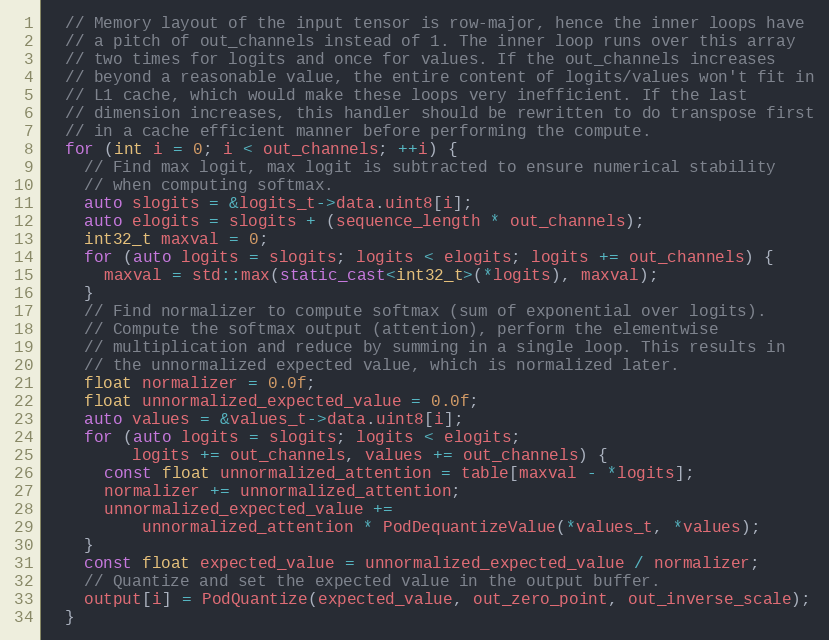
Language: C++
  // Memory layout of the input tensor is row-major, hence the inner loops have
  // a pitch of out_channels instead of 1. The inner loop runs over this array
  // two times for logits and once for values. If the out_channels increases
  // beyond a reasonable value, the entire content of logits/values won't fit in
  // L1 cache, which would make these loops very inefficient. If the last
  // dimension increases, this handler should be rewritten to do transpose first
  // in a cache efficient manner before performing the compute.
  for (int i = 0; i < out_channels; ++i) {
    // Find max logit, max logit is subtracted to ensure numerical stability
    // when computing softmax.
    auto slogits = &logits_t->data.uint8[i];
    auto elogits = slogits + (sequence_length * out_channels);
    int32_t maxval = 0;
    for (auto logits = slogits; logits < elogits; logits += out_channels) {
      maxval = std::max(static_cast<int32_t>(*logits), maxval);
    }
    // Find normalizer to compute softmax (sum of exponential over logits).
    // Compute the softmax output (attention), perform the elementwise
    // multiplication and reduce by summing in a single loop. This results in
    // the unnormalized expected value, which is normalized later.
    float normalizer = 0.0f;
    float unnormalized_expected_value = 0.0f;
    auto values = &values_t->data.uint8[i];
    for (auto logits = slogits; logits < elogits;
         logits += out_channels, values += out_channels) {
      const float unnormalized_attention = table[maxval - *logits];
      normalizer += unnormalized_attention;
      unnormalized_expected_value +=
          unnormalized_attention * PodDequantizeValue(*values_t, *values);
    }
    const float expected_value = unnormalized_expected_value / normalizer;
    // Quantize and set the expected value in the output buffer.
    output[i] = PodQuantize(expected_value, out_zero_point, out_inverse_scale);
  }